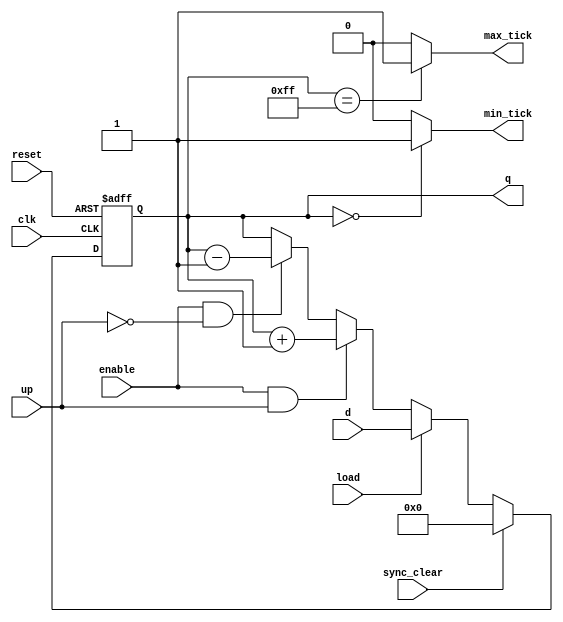
/*
		Universal binary counter with
			* synchronous clear
			* enable
			* load
			* direction (up or not(up) which is equal to down)
			* min and max tick
*/


module univ_bin_counter
	#(parameter N=8)
	(
		input wire clk, reset,
		input wire sync_clear, enable, load, up,
		input wire [N-1:0] d,
		output wire [N-1:0] q,
		output wire min_tick, max_tick);
		
		// Signal declarations
		reg [N-1:0] r_reg, r_next;
		
		// Register file
		always @ (posedge clk, posedge reset)
		if(reset)
			r_reg <= 0;
		else
			r_reg <= r_next;
		
		// Next-state logic
		always @*
		if(sync_clear)
			r_next = 4'b0;
		else if (load)
			r_next = d;
		else if (enable & up)
			r_next = r_reg + 1;
		else if (enable & ~up)
			r_next = r_reg - 1;
		else
			r_next = r_reg;
		
		// Output file
		assign q = r_reg;
		assign max_tick = (r_reg == 2**N-1) ? 1'b1 : 1'b0;
		assign min_tick = (r_reg == 0) ? 1'b1 : 1'b0;
		
endmodule